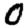
Digit: 0